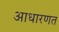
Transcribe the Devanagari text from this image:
आधारणत